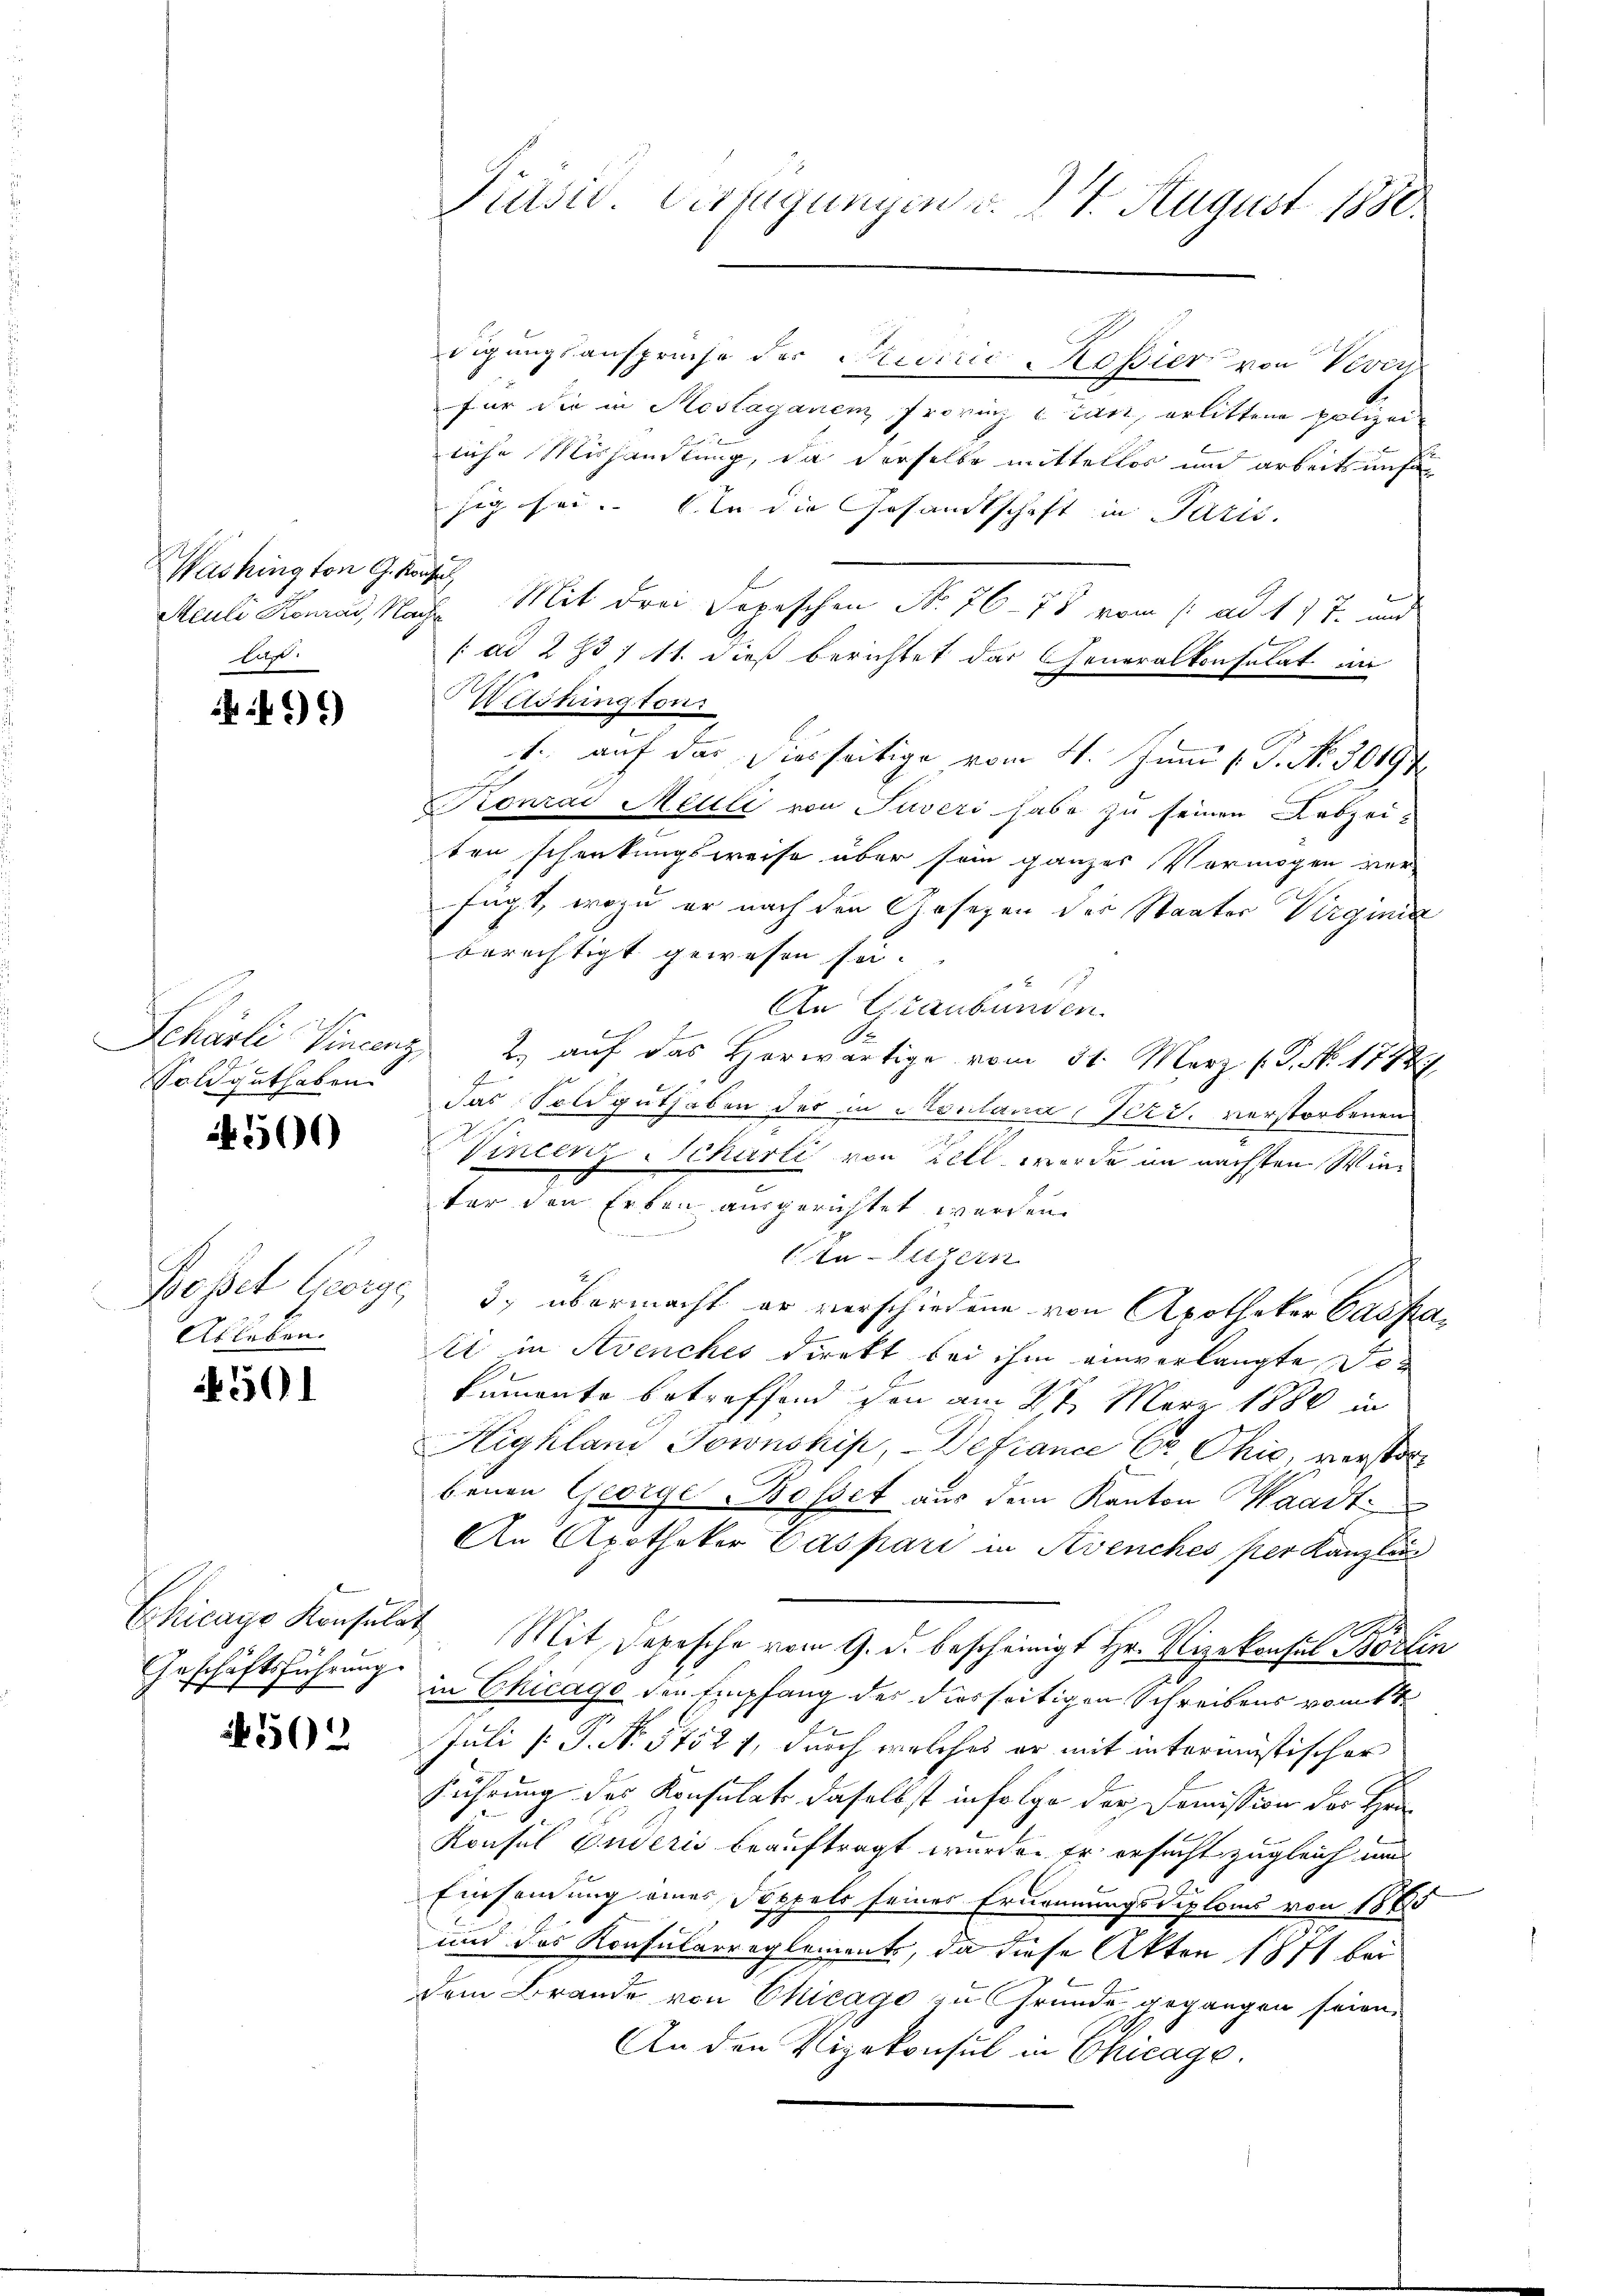
Washington G. Konsul
Aus

9)

Soldguthaben.

4506)

Basel George,
Ableben.

591

Chicago Konsulat

502

Jursid. Verfügungen v. 24. August 1880.

digungsansprüche der Preverić Kopier von Vevey
für die in Mostaganen Frovinz an, erlittene polizei
liche Mishandlung, da derselbe mittellos und arbeitsunfä
sig sei. In die Gesandtschaft in Paris.
Aculi Konrad, Nach Mit drei Depeschen No 76-78 vom 1. ad 17 J. und
/: ad 2 f 1 11. dieß berichtet der Generalkonsulat in
Washington
d
1., auf das hierseitige vom 4. Juni l. P. No 30194
Konrad Meuli von Juveri habe zu seinen Lebzeiten schenkungsweise über sein ganzes Vermögen ver-
fügt, wozu er nach den Gesezen der Staates Virginin
berechtigt gewesen sei. |
An Graubünden
e
Schäsli Vincenz 2. auf das Herwärtige vom 31. März (3. No. 17884
das Soldguthaben des in Montana Pers. verstorbenen
Wincenz Schurti von Zell werde im nächsten Wieter den Erben ausgerichtet werden.
In Luzern
3) übermacht er verschiedene von Apotheker Cassa¬
Ei in Avenches direkt bei ihm einverlangte Dekumente betreffend den am 17. März 1880 in
Highland Jownship, - Defiance Er, Chić, verstorbenen George Bosset aus dem Kanton Waadt
An Apotheker Caspari in Avenches per Kanzlin
Mit Depesche vom 9. d. bescheinigt Hr. Vizekonsul Böslin
Geschäftsführung in Chicago den Empfang der diesseitigen Schreibens vom 1ten
Juli [: P. No 57521, durch welches er mit intermistischer
führung des Konsulats daselbst infolge der Domission der Her
Konsul Enderis beauftragt wurde. Er ersucht zugleich und
Einsamung eines Doppels seines Ernennungsdiploms von 1880
und das Konsularreglements, da diese Akten 1871 bei
dem Brande von Chicago zu Grunde gegangen seien.
An den Vizekonsul in Chicage.